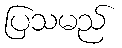
ပြသမည်